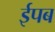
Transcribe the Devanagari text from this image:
ईपब